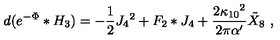
d ( e ^ { - \Phi } * H _ { 3 } ) = - { \frac { 1 } { 2 } } J _ { 4 } { } ^ { 2 } + F _ { 2 } * J _ { 4 } + { \frac { 2 \kappa _ { 1 0 } { } ^ { 2 } } { 2 \pi \alpha ^ { \prime } } } { \tilde { X } } _ { 8 } \ ,